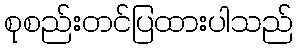
စုစည်းတင်ပြထားပါသည်